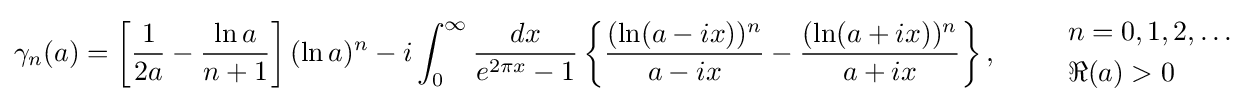
\gamma _{n}(a)=\left[{\frac {1}{2a}}-{\frac {\ln {a}}{n+1}}\right](\ln a)^{n}-i\int _{0}^{\infty }{\frac {dx}{e^{2\pi x}-1}}\left\{{\frac {(\ln(a-ix))^{n}}{a-ix}}-{\frac {(\ln(a+ix))^{n}}{a+ix}}\right\},\qquad {\begin{array}{l}n=0,1,2,\ldots \\[1mm]\Re (a)>0\end{array}}